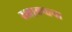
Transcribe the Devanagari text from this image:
रक्षाबन्धन।